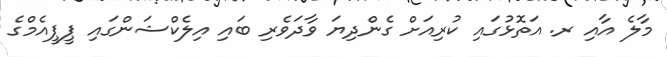
މާލެ އާއި ރ. އަތޮޅުގައި ކުރިއަށް ގެންދިޔަ ވާދަވެރި ބައި އިލެކްޝަންގައި ޕީޕީއެމްގެ